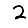
Digit: 2